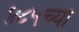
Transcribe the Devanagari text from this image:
४८५च्या